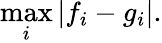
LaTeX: \operatorname*{max}_{i}|f_{i}-g_{i}|.